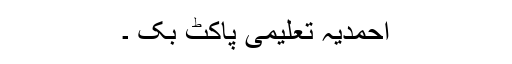
احمدیہ تعلیمی پاکٹ بک ۔